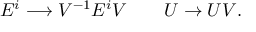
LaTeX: E ^ { i } \longrightarrow V ^ { - 1 } E ^ { i } V \qquad U \to U V .